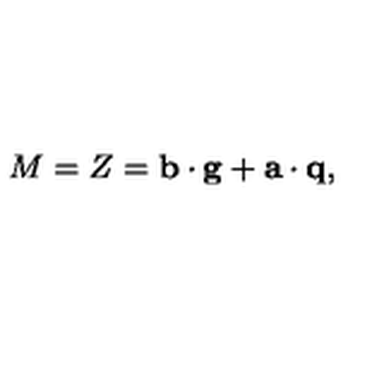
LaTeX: M = Z = { \bf b } \cdot { \bf g } + { \bf a } \cdot { \bf q } ,